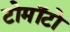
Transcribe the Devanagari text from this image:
टोमॉटो